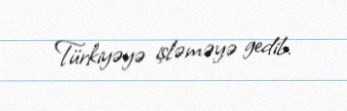
Türkiyəyə işləməyə gedib.